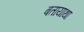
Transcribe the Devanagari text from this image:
बतायाथा